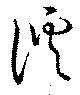
謑